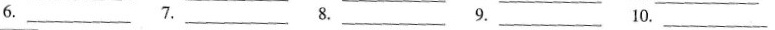
6.___ 7.___ 8.___ 9.___ 10.___